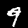
Label: 9